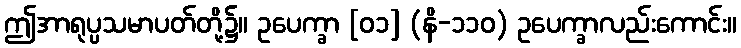
ဤအာရုပ္ပသမာပတ်တို့၌။ ဥပေက္ခာ [၀၁] (နိ-၁၁၀) ဥပေက္ခာလည်းကောင်း။